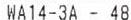
WA14-3A - 48